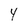
Character: 4